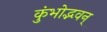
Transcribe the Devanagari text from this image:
कुंभोद्भवन्